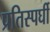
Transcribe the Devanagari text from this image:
प्रतिस्पर्घी